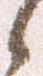
候